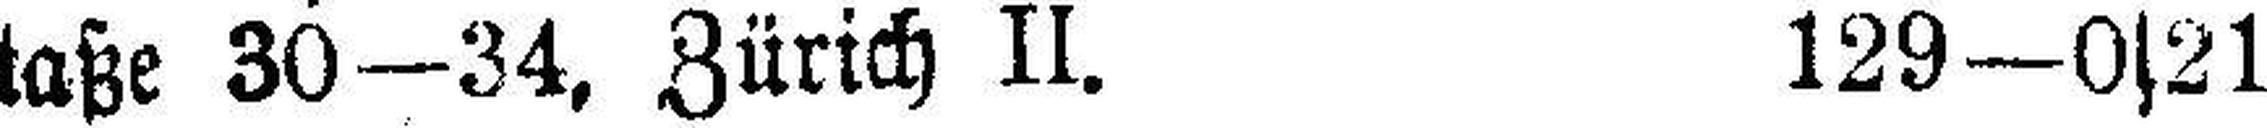
rstaße 30—34, Zürich II. 129—0s21